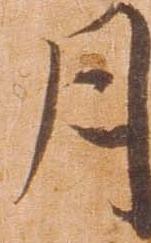
月